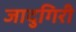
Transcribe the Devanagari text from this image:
जादुगिरी